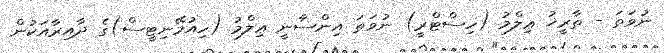
ނުވަތަ - ތާރީޚު ޢިލްމު (ހިސްޓްރީ) ނުވަތަ އިންސާނީ ޢިލްމު (ހިއުމޭނިޓީސް)ގެ ދާއިރާއަކުން